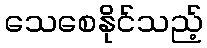
သေစေနိုင်သည့်